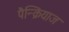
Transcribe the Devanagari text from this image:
पैन्क्रियाज